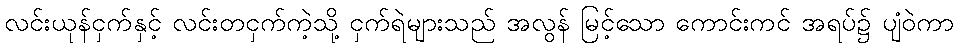
လင်းယုန်ငှက်နှင့် လင်းတငှက်ကဲ့သို့ ငှက်ရဲများသည် အလွန် မြင့်သော ကောင်းကင် အရပ်၌ ပျံဝဲကာ